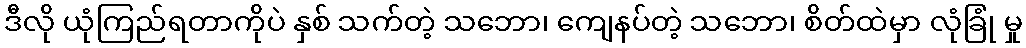
ဒီလို ယုံကြည်ရတာကိုပဲ နှစ် သက်တဲ့ သဘော၊ ကျေနပ်တဲ့ သဘော၊ စိတ်ထဲမှာ လုံခြုံ မှု